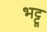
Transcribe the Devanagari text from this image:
भट्टू